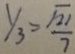
y _ { 3 } = \frac { \sqrt { 2 1 } } { 7 }